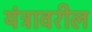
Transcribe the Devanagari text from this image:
यंत्रावरील